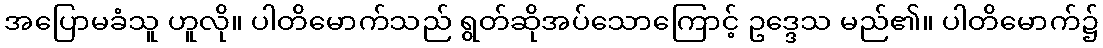
အပြောမခံသူ ဟူလို။ ပါတိမောက်သည် ရွတ်ဆိုအပ်သောကြောင့် ဥဒ္ဒေသ မည်၏။ ပါတိမောက်၌